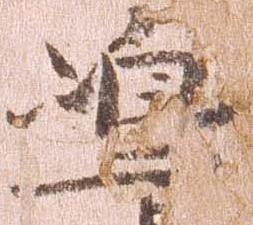
島